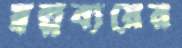
স্বল্পব্যয়ের